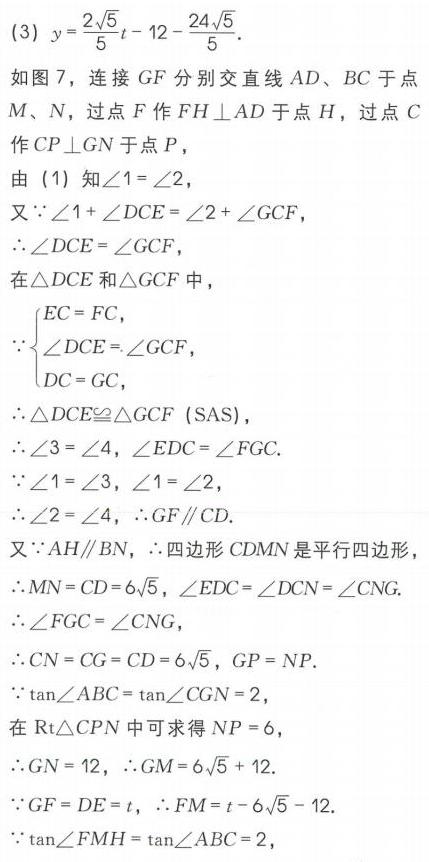
(3) \(y = \frac{2\sqrt{5}}{5}t-12-\frac{24\sqrt{5}}{5}\).
如图 7，连接 \(GF\) 分别交直线 \(AD\)、\(BC\) 于点 \(M\)、\(N\)，过点 \(F\) 作 \(FH\perp AD\) 于点 \(H\)，过点 \(C\) 作 \(CP\perp GN\) 于点 \(P\)，
由 (1) 知\(\angle1 = \angle2\),
又\(\because\angle1+\angle DCE=\angle2+\angle GCF\),
\(\therefore\angle DCE=\angle GCF\),
在\(\triangle DCE\) 和\(\triangle GCF\) 中，
\(\because\left\{\begin{array}{l}EC = FC,\\\angle DCE=\angle GCF,\\DC = GC,\end{array}\right.\)
\(\therefore\triangle DCE\cong\triangle GCF\ (\text{SAS})\),
\(\therefore\angle3 = \angle4\), \(\angle EDC=\angle FGC\).
\(\because\angle1 = \angle3\), \(\angle1 = \angle2\),
\(\therefore\angle2 = \angle4\), \(\therefore GF\parallel CD\).
又\(\because AH\parallel BN\), \(\therefore\)四边形 \(CDMN\) 是平行四边形，
\(\therefore MN = CD = 6\sqrt{5}\), \(\angle EDC=\angle DCN=\angle CNG\).
\(\therefore\angle FGC=\angle CNG\),
\(\therefore CN = CG = CD = 6\sqrt{5}\), \(GP = NP\).
\(\because\tan\angle ABC=\tan\angle CGN = 2\),
在 \(\text{Rt}\triangle CPN\) 中可求得 \(NP = 6\),
\(\therefore GN = 12\), \(\therefore GM = 6\sqrt{5}+12\).
\(\because GF = DE = t\), \(\therefore FM = t - 6\sqrt{5}-12\).
\(\because\tan\angle FMH=\tan\angle ABC = 2\),